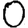
Digit: 0